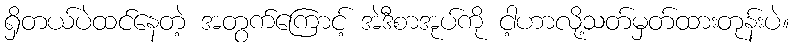
ရှိတယ်ပဲထင်နေတဲ့ အတွက်ကြောင့် အဲဒီစာအုပ်ကို ငါ့ဟာလို့သတ်မှတ်ထားတုန်းပဲ။